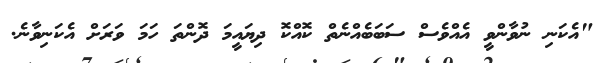
"އެކަނި ނުވާންވީ އެއްވެސް ސަބަބެއްނެތް ކޮއްކޮ ދިޔައީމަ ދޮންތަ ހަމަ ވަރަށް އެކަނިވާނެ.